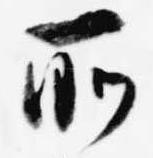
所